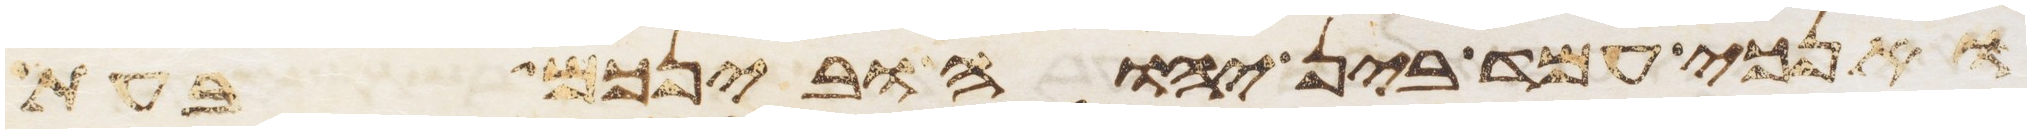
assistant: ואנכי עמד בין יהוה ובינכם בעת